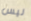
ليس